Civil Veterinary Department ledger series I-VI
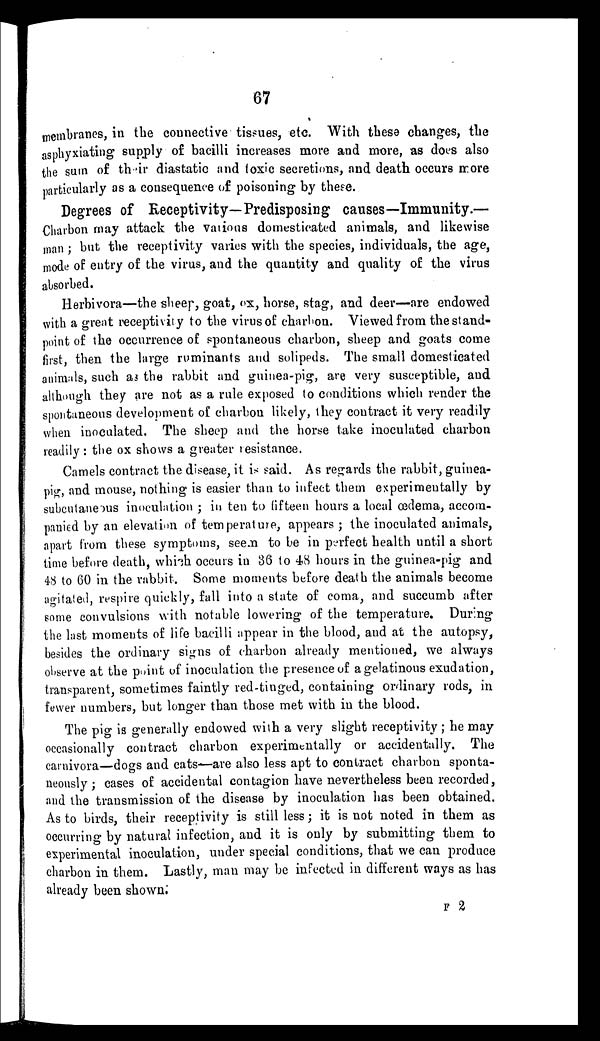
67
membranes, in the connective tissues, etc. With these changes, the
asphyxiating supply of bacilli increases more and more, as does also
the sum of their diastatic and toxic secretions, and death occurs more
particularly as a consequence of poisoning by these.
Degrees of Receptivity— Predisposing causes—Immunity.—
Charbon may attack the various domesticated animals, and likewise
man ; but the receptivity varies with the species, individuals, the age,
mode of entry of the virus, and the quantity and quality of the virus
absorbed.
Herbivora—the sheep, goat, ox, horse, stag, and deer—are endowed
with a great receptivity to the virus of charbon. Viewed from the stand-
point of the occurrence of spontaneous charbon, sheep and goats come
first, then the large ruminants and solipeds. The small domesticated
animals, such as the rabbit and guinea-pig, are very susceptible, and
although they are not as a rule exposed to conditions which render the
spontaneous development of charbon likely, they contract it very readily
when inoculated. The sheep and the horse take inoculated charbon
readily: the ox shows a greater resistance.
Camels contract the disease, it is said. As regards the rabbit, guinea-
pig, and mouse, nothing is easier than to infect them experimentally by
subcutaneous inoculation ; in ten to fifteen hours a local œdema, accom-
panied by an elevation of temperature, appears ; the inoculated animals,
apart from these symptoms, seem to be in perfect health until a short
time before death, which occurs in 36 to 48 hours in the guinea-pig and
48 to 60 in the rabbit. Some moments before death the animals become
agitated, respire quickly, fall into a state of coma, and succumb after
some convulsions with notable lowering of the temperature. During
the last moments of life bacilli appear in the blood, and at the autopsy,
besides the ordinary signs of charbon already mentioned, we always
observe at the point of inoculation the presence of a gelatinous exudation,
transparent, sometimes faintly red-tinged, containing ordinary rods, in
fewer numbers, but longer than those met with in the blood.
The pig is generally endowed with a very slight receptivity ; he may
occasionally contract charbon experimentally or accidentally. The
carnivora—dogs and cats—are also less apt to contract charbon sponta-
neously ; cases of accidental contagion have nevertheless been recorded,
and the transmission of the disease by inoculation has been obtained.
As to birds, their receptivity is still less; it is not noted in them as
occurring by natural infection, and it is only by submitting them to
experimental inoculation, under special conditions, that we can produce
charbon in them. Lastly, man may be infected in different ways as has
already been shown.
F 2